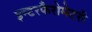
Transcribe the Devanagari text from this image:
इन्टरफैरोमेटरी